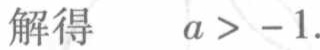
解得 \(a > -1\)